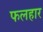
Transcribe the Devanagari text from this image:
फलहार